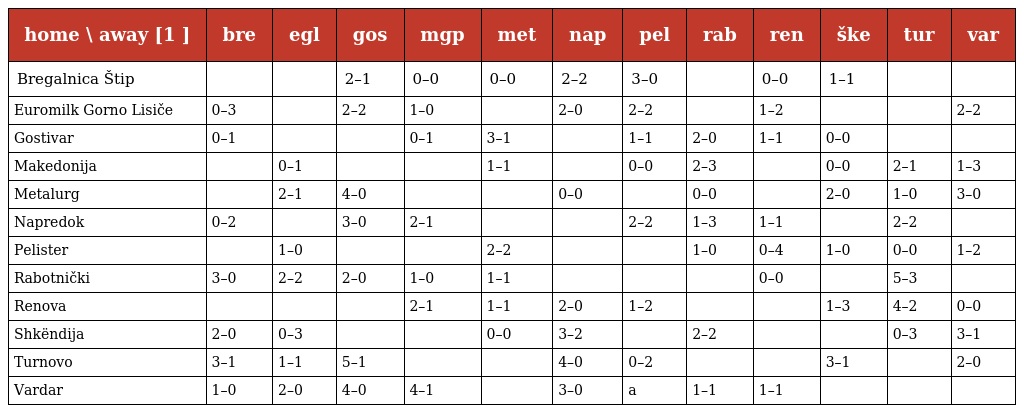
| home \ away [1 ] | bre | egl | gos | mgp | met | nap | pel | rab | ren | ške | tur | var |
 | --- | --- | --- | --- | --- | --- | --- | --- | --- | --- | --- | --- | --- |
 | Bregalnica Štip |  |  | 2–1 | 0–0 | 0–0 | 2–2 | 3–0 |  | 0–0 | 1–1 |  |  |
 | Euromilk Gorno Lisiče | 0–3 |  | 2–2 | 1–0 |  | 2–0 | 2–2 |  | 1–2 |  |  | 2–2 |
 | Gostivar | 0–1 |  |  | 0–1 | 3–1 |  | 1–1 | 2–0 | 1–1 | 0–0 |  |  |
 | Makedonija |  | 0–1 |  |  | 1–1 |  | 0–0 | 2–3 |  | 0–0 | 2–1 | 1–3 |
 | Metalurg |  | 2–1 | 4–0 |  |  | 0–0 |  | 0–0 |  | 2–0 | 1–0 | 3–0 |
 | Napredok | 0–2 |  | 3–0 | 2–1 |  |  | 2–2 | 1–3 | 1–1 |  | 2–2 |  |
 | Pelister |  | 1–0 |  |  | 2–2 |  |  | 1–0 | 0–4 | 1–0 | 0–0 | 1–2 |
 | Rabotnički | 3–0 | 2–2 | 2–0 | 1–0 | 1–1 |  |  |  | 0–0 |  | 5–3 |  |
 | Renova |  |  |  | 2–1 | 1–1 | 2–0 | 1–2 |  |  | 1–3 | 4–2 | 0–0 |
 | Shkëndija | 2–0 | 0–3 |  |  | 0–0 | 3–2 |  | 2–2 |  |  | 0–3 | 3–1 |
 | Turnovo | 3–1 | 1–1 | 5–1 |  |  | 4–0 | 0–2 |  |  | 3–1 |  | 2–0 |
 | Vardar | 1–0 | 2–0 | 4–0 | 4–1 |  | 3–0 | a | 1–1 | 1–1 |  |  |  |